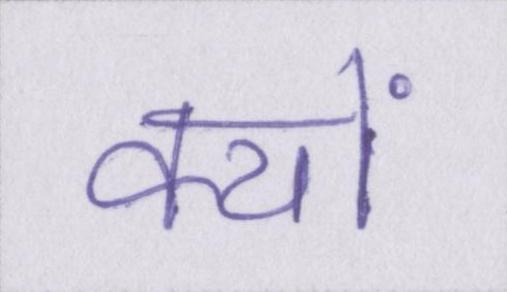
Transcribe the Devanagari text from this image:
क्यों